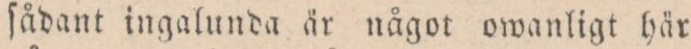
ſådant ingalunda är något owanligt här